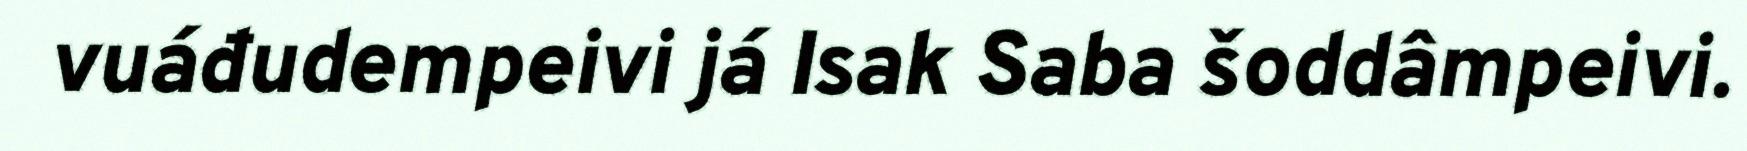
vuáđudempeivi já Isak Saba šoddâmpeivi.